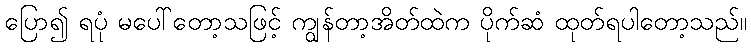
ပြော၍ ရပုံ မပေါ်တော့သဖြင့် ကျွန်တာ့အိတ်ထဲက ပိုက်ဆံ ထုတ်ရပါတော့သည်။